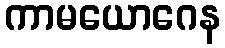
ကာမယောဂေန